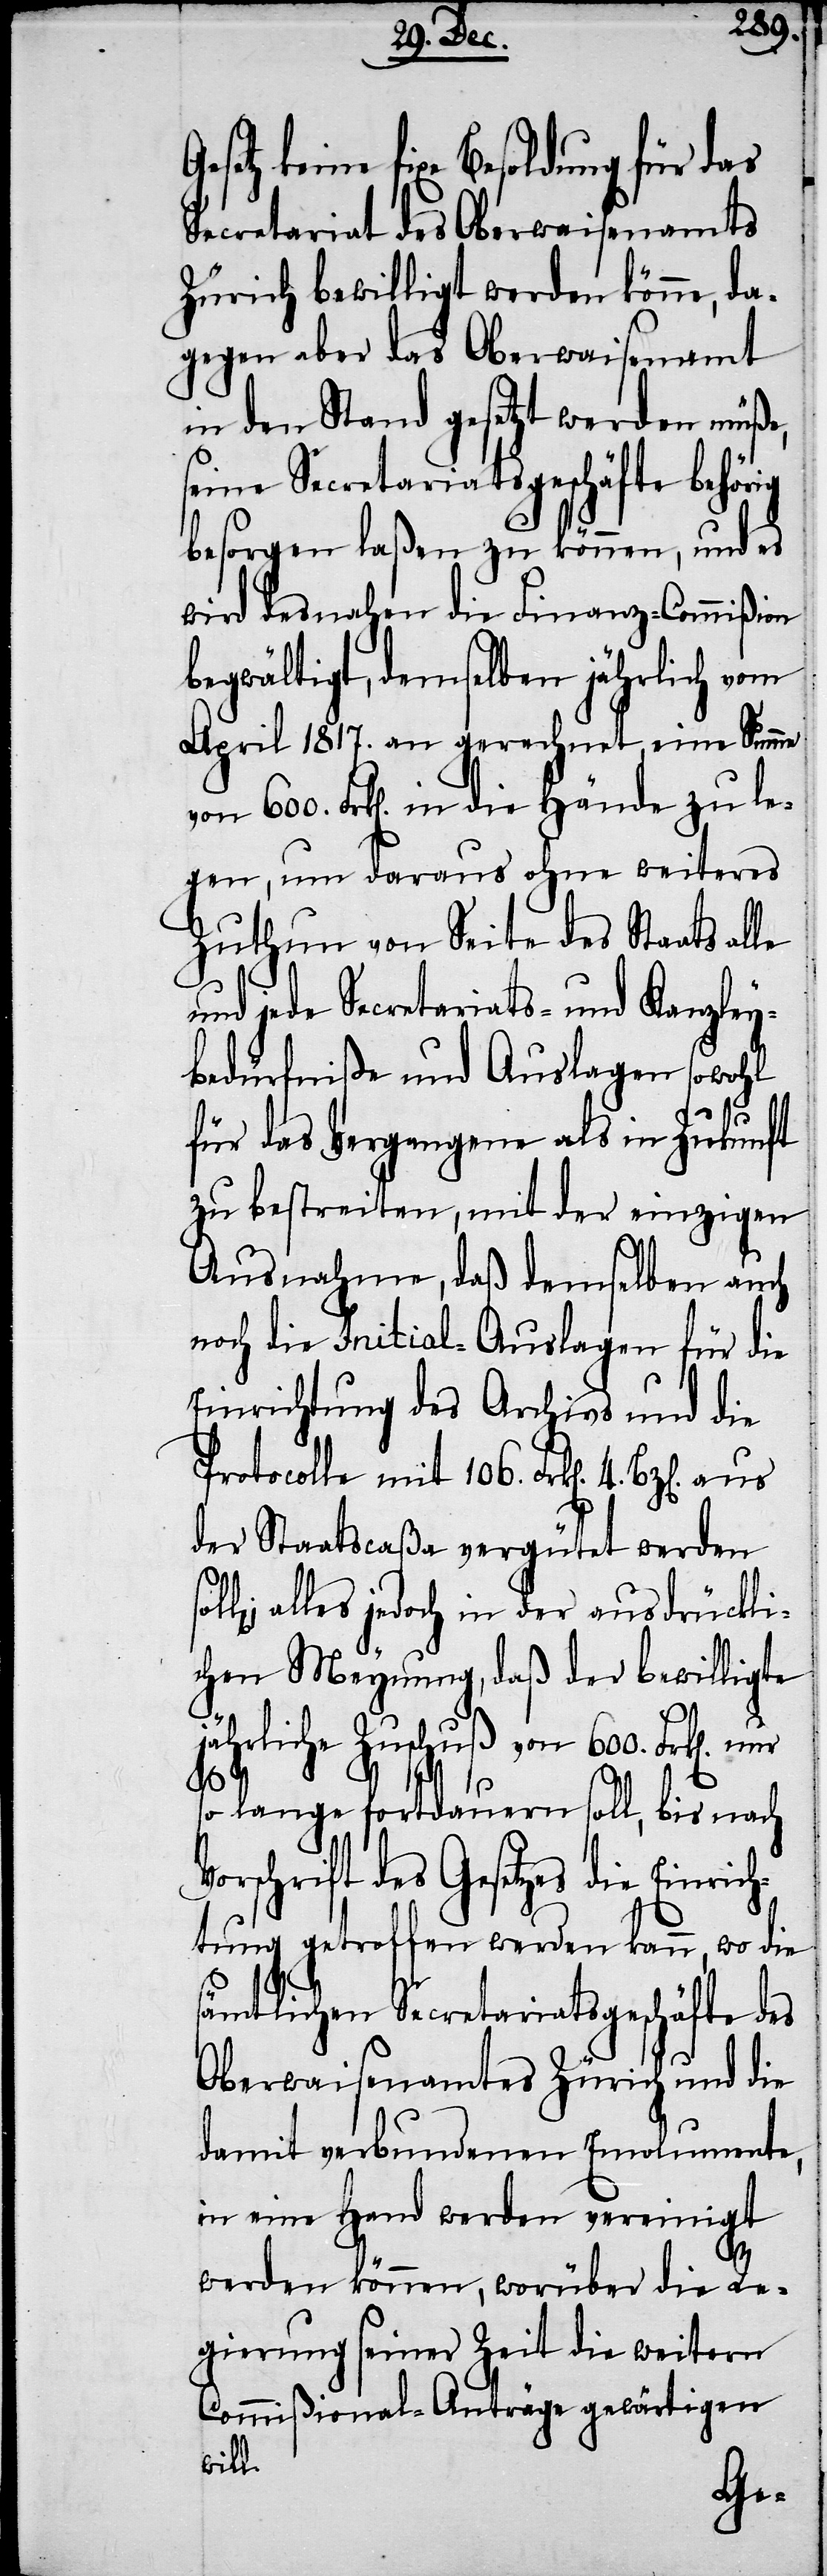
keine fixe Besoldung für das
Secretariat des Oberwaisenamts
Zürich bewilligt werden könne, da¬
gegen aber das Oberwaisenamt
in den Stand gesetzt werden müße,
seine Secretariatsgeschäfte behörig
besorgen laßen zu können, und es
wird desnahen die Finanz-Commißion
begwältigt, demselben jährlich vom
April 1817. an gerechnet eine Summe
von 600. Frk[en]. in die Hände zu le¬
gen, um daraus ohne weiteres
Zuthun von Seite des Staats alle
und jede Secretariats- und Kanzley¬
bedürfniße und Auslagen sowohl
für das Vergangene als in Zukunft
zu bestreiten, mit der einzigen
Ausnahme, daß demselben auch
noch die Initial-Auslagen für die
Einrichtung des Archivs und die
Protocolle mit 106. Frk[en]. 4.
der Staatscaßa vergütet werden
alles jedoch in der ausdrückli¬
chen Meynung, daß der bewilligte
jährliche Zuschuß von 600. Frk[en].
so lange fortdauern soll, bis nach
Vorschrift des Gesetzes die Einric¬
htung getroffen werden kann, wo die
sämtlichen Secretariatsgeschäfte des
Oberwaisenamtes Zürich und die
damit verbundenen Emolumente,
in eine Hand werden vereinigt
werden können, worüber die Re¬
gierung seiner Zeit die weitern
Commißional-Anträge gewärtigen
will.